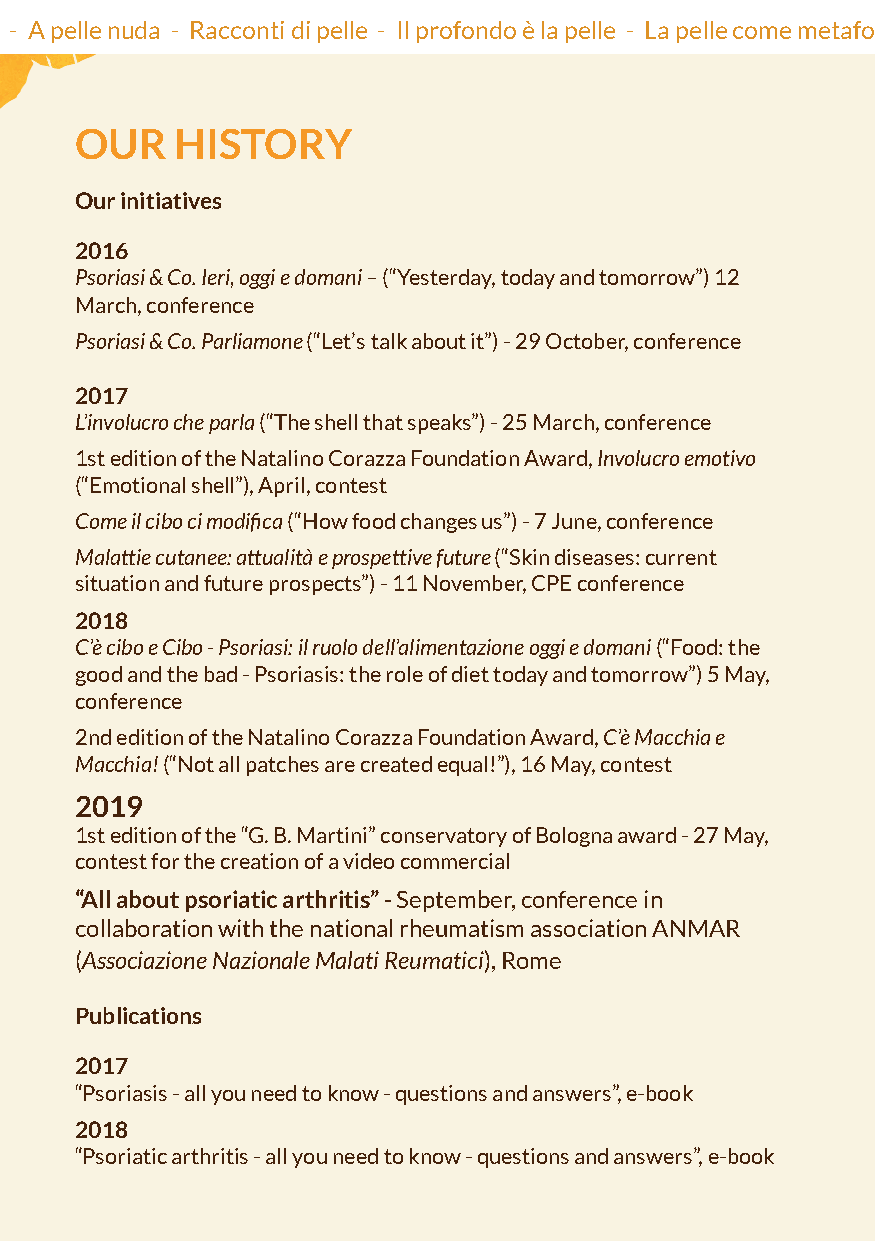
Io pelle - A fior di pelle - A pelle nuda - Racconti di pelle - Il profondo è la pelle - La pelle come metafora di vita - Pelle che parla - La pelle è l’abito migliore da indossare - Io pelle - A fior di pelle - A
 OUR    HISTORY
 Our initiatives
 2016
 Psoriasi & Co. Ieri, oggi e domani – (“Yesterday, today and tomorrow”) 12
 March, conference
 Psoriasi & Co. Parliamone (“Let’s talk about it”) - 29 October, conference
 2017
 L’involucro che parla (“The shell that speaks”) - 25 March, conference
 1st edition of the Natalino Corazza Foundation Award, Involucro emotivo
 (“Emotional shell”), April, contest
 Come il cibo ci modifica (“How food changes us”) - 7 June, conference
 Malattie cutanee: attualità e prospettive future (“Skin diseases: current
 situation and future prospects”) - 11 November, CPE conference
 2018
 C’è cibo e Cibo - Psoriasi: il ruolo dell’alimentazione oggi e domani (“Food: the
 good and the bad - Psoriasis: the role of diet today and tomorrow”) 5 May,
 conference
 2nd edition of the Natalino Corazza Foundation Award, C’è Macchia e
 Macchia! (“Not all patches are created equal!”), 16 May, contest
 2019
 1st edition of the “G. B. Martini” conservatory of Bologna award - 27 May,
 contest for the creation of a video commercial
 “All about psoriatic arthritis” - September, conference in
 collaboration with the national rheumatism association ANMAR
 (Associazione Nazionale Malati Reumatici), Rome
 Publications
 2017
 “Psoriasis - all you need to know - questions and answers”, e-book
 2018
 “Psoriatic arthritis - all you need to know - questions and answers”, e-book